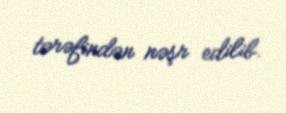
tərəfindən nəşr edilib.